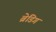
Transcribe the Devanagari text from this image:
ब्रेडिग